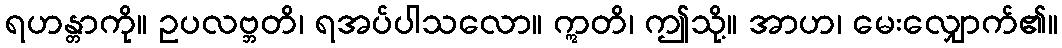
ရဟန္တာကို။ ဥပလဗ္ဘတိ၊ ရအပ်ပါသလော။ ဣတိ၊ ဤသို့။ အာဟ၊ မေးလျှောက်၏။